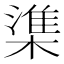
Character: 𬄕